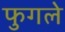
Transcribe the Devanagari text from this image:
फुगले